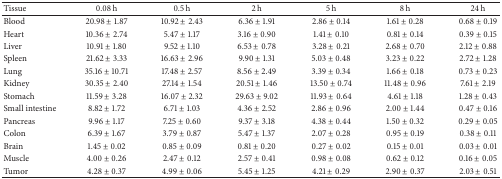
<table><thead><tr><td><b>Tissue</b></td><td><b>0.08 h</b></td><td><b>0.5 h</b></td><td><b>2 h</b></td><td><b>5 h</b></td><td><b>8 h</b></td><td><b>24 h</b></td></tr></thead><tbody><tr><td>Blood</td><td>20.98 ± 1.87</td><td>10.92 ± 2.43</td><td>6.36 ± 1.91</td><td>2.86 ± 0.14</td><td>1.61 ± 0.28</td><td>0.68 ± 0.19</td></tr><tr><td>Heart</td><td>10.36 ± 2.74</td><td>5.47 ± 1.17</td><td>3.16 ± 0.90</td><td>1.41 ± 0.10</td><td>0.81 ± 0.14</td><td>0.39 ± 0.15</td></tr><tr><td>Liver</td><td>10.91 ± 1.80</td><td>9.52 ± 1.10</td><td>6.53 ± 0.78</td><td>3.28 ± 0.21</td><td>2.68 ± 0.70</td><td>2.12 ± 0.88</td></tr><tr><td>Spleen</td><td>21.62 ± 3.33</td><td>16.63 ± 2.96</td><td>9.90 ± 1.31</td><td>5.03 ± 0.48</td><td>3.23 ± 0.22</td><td>2.72 ± 1.28</td></tr><tr><td>Lung</td><td>35.16 ± 10.71</td><td>17.48 ± 2.57</td><td>8.56 ± 2.49</td><td>3.39 ± 0.34</td><td>1.66 ± 0.18</td><td>0.73 ± 0.23</td></tr><tr><td>Kidney</td><td>30.35 ± 2.40</td><td>27.14 ± 1.54</td><td>20.51 ± 1.46</td><td>13.50 ± 0.74</td><td>11.48 ± 0.96</td><td>7.61 ± 2.19</td></tr><tr><td>Stomach</td><td>11.59 ± 3.28</td><td>16.07 ± 2.32</td><td>29.63 ± 9.02</td><td>11.93 ± 0.64</td><td>4.61 ± 1.18</td><td>1.28 ± 0.43</td></tr><tr><td>Small intestine</td><td>8.82 ± 1.72</td><td>6.71 ± 1.03</td><td>4.36 ± 2.52</td><td>2.86 ± 0.96</td><td>2.00 ± 1.44</td><td>0.47 ± 0.16</td></tr><tr><td>Pancreas</td><td>9.96 ± 1.17</td><td>7.25 ± 0.60</td><td>9.37 ± 3.18</td><td>4.38 ± 0.44</td><td>1.50 ± 0.32</td><td>0.29 ± 0.05</td></tr><tr><td>Colon</td><td>6.39 ± 1.67</td><td>3.79 ± 0.87</td><td>5.47 ± 1.37</td><td>2.07 ± 0.28</td><td>0.95 ± 0.19</td><td>0.38 ± 0.11</td></tr><tr><td>Brain</td><td>1.45 ± 0.02</td><td>0.85 ± 0.09</td><td>0.81 ± 0.20</td><td>0.27 ± 0.02</td><td>0.15 ± 0.01</td><td>0.03 ± 0.01</td></tr><tr><td>Muscle</td><td>4.00 ± 0.26</td><td>2.47 ± 0.12</td><td>2.57 ± 0.41</td><td>0.98 ± 0.08</td><td>0.62 ± 0.12</td><td>0.16 ± 0.05</td></tr><tr><td>Tumor</td><td>4.28 ± 0.37</td><td>4.99 ± 0.06</td><td>5.45 ± 1.25</td><td>4.21 ± 0.29</td><td>2.90 ± 0.37</td><td>2.03 ± 0.51</td></tr></tbody></table>